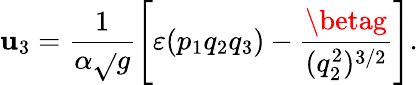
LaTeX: \mathbf{u}_{3}=\frac{{1}}{{\alpha\sqrt{}{{g}}}}\left[\varepsilon(p_{1}q_{2}q_{3})-\frac{{\betag}}{{(q_{2}^{2})^{3/2}}}\right].